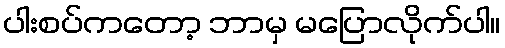
ပါးစပ်ကတော့ ဘာမှ မပြောလိုက်ပါ။